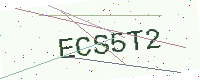
Text: ECS5T2